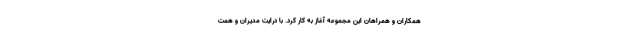
همکاران و همراهان این مجموعه آغاز به کار کرد. با درایت مدیران و همت